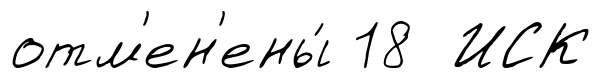
отм'ен'ены́ 18 ИСК